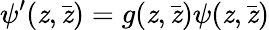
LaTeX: \psi^{\prime}(\mathit{z},\bar{{\mathit{z}}})=g(\mathit{z},\bar{{\mathit{z}}})\psi(\mathit{z},\bar{{\mathit{z}}})